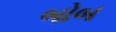
બોબ